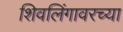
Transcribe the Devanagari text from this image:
शिवलिंगावरच्या